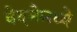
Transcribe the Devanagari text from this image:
वेदनेमध्ये